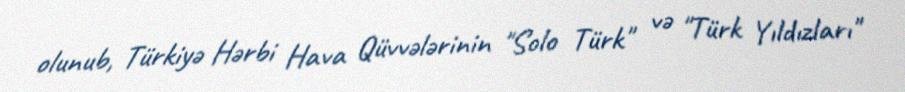
olunub, Türkiyə Hərbi Hava Qüvvələrinin "Solo Türk" və "Türk Yıldızları"